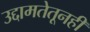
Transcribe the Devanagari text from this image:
उद्दामतेतूनही